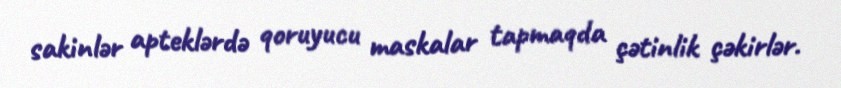
sakinlər apteklərdə qoruyucu maskalar tapmaqda çətinlik çəkirlər.